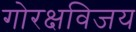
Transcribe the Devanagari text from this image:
गोरक्षविजय